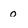
Character: 0